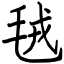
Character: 毧